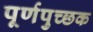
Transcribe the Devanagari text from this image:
पूर्णपुच्छक